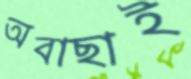
অবাছাই